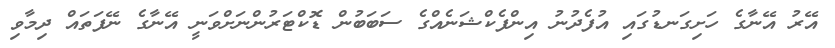
އޭރު އޭނާގެ ހަށިގަނޑުގައި އުފެދުނު އިންފެކްޝަނެއްގެ ސަބަބުން ޑޮކްޓަރުންނަށްވަނީ އޭނާގެ ނޭފަތައް ދިމާވި